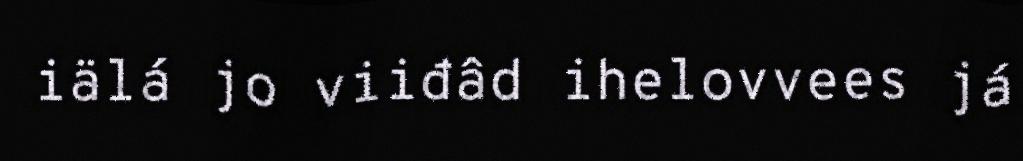
iälá jo viiđâd ihelovvees já